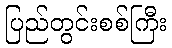
ပြည်တွင်းစစ်ကြီး